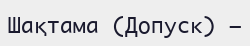
Шақтама (Допуск) —